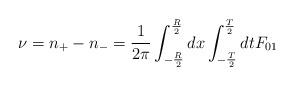
LaTeX: \begin{align*}\nu=n_+ -n_- ={1\over{2\pi}} \int_{-{R\over 2}}^{{R\over 2}}dx\int_{-{T\over 2}}^{{T\over 2}} dt F_{01}\end{align*}